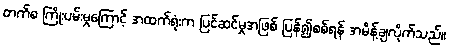
တက်စ ကြိုးပမ်းမှုကြောင့် အထက်ရုံးက ပြင်ဆင်မှုအဖြစ် ပြန်၍စစ်ရန် အမိန့်ချလိုက်သည်။